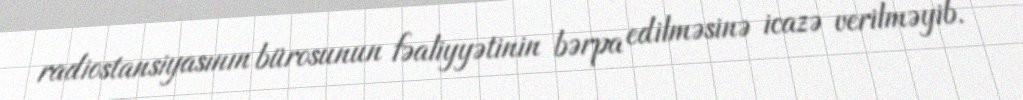
radiostansiyasının bürosunun fəaliyyətinin bərpa edilməsinə icazə verilməyib.